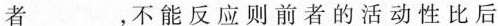
者___，不能反应则前者的活动性比后